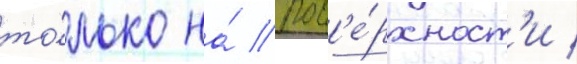
то́лько на́ пов'е́рхност'и /